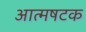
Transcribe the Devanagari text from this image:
आत्मषटक